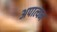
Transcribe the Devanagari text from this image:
अपात्यम